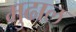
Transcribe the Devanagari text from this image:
मुढाल